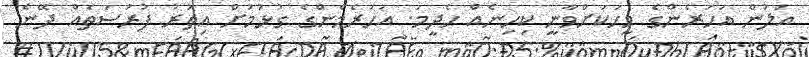
އަލުން އަހަރެންގެ މީހަކަށްވާނީ ކިހިނެއް ހެދީމަ. އަހަރެމެންގެ ގުޅުމަށް އިތުރު ފުރުސަތެއް ދޭނެ